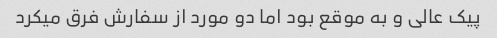
پیک عالی و به موقع بود اما دو مورد از سفارش فرق میکرد